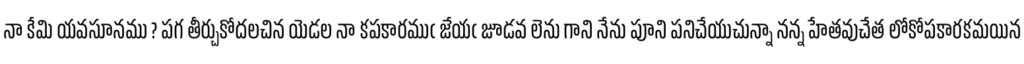
నా కేమి యవసూనము ? పగ తీర్చుకోదలచిన యెడల నా కపకారముఁ జేయఁ జూడవ లెను గాని నేను పూని పనిచేయుచున్నా నన్న హేతవుచేత లోకోపకారకమయిన